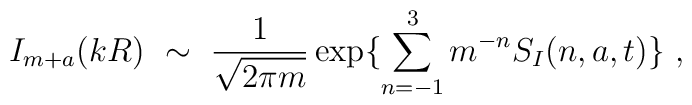
I_{m+a}(kR) \ \sim\ \frac{1}{\sqrt{2\pi m}}\exp \{\sum_{n=-1}^3 m^{-n} S_I(n,a, t)\}\ ,